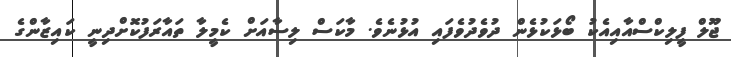
ޖޫލް ފީލިކްސްއާއިއެކު ބޯޅަކުޅެން ދުވެދުވެފައި އުޅުނެވެ. މާކަސް ލިސާއަށް ކެމީލާ ތައާރަފުކޮށްދިނީ ކައިޒާންގެ